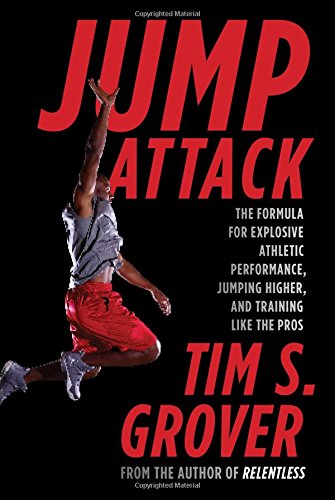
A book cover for Jump Attack: The Formula for Explosive Athletic Performance, Jumping Higher, and Training Like the Pros; Tim S. Grover; Health, Fitness & Dieting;